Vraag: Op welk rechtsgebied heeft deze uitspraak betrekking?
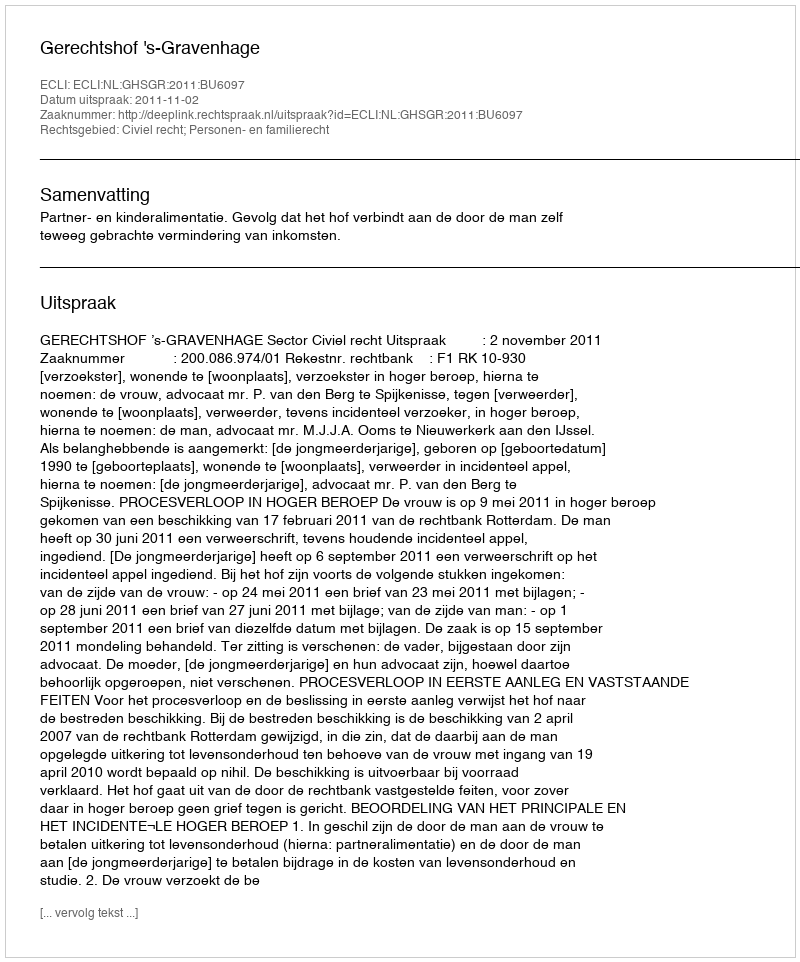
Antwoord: Civiel recht; Personen- en familierecht